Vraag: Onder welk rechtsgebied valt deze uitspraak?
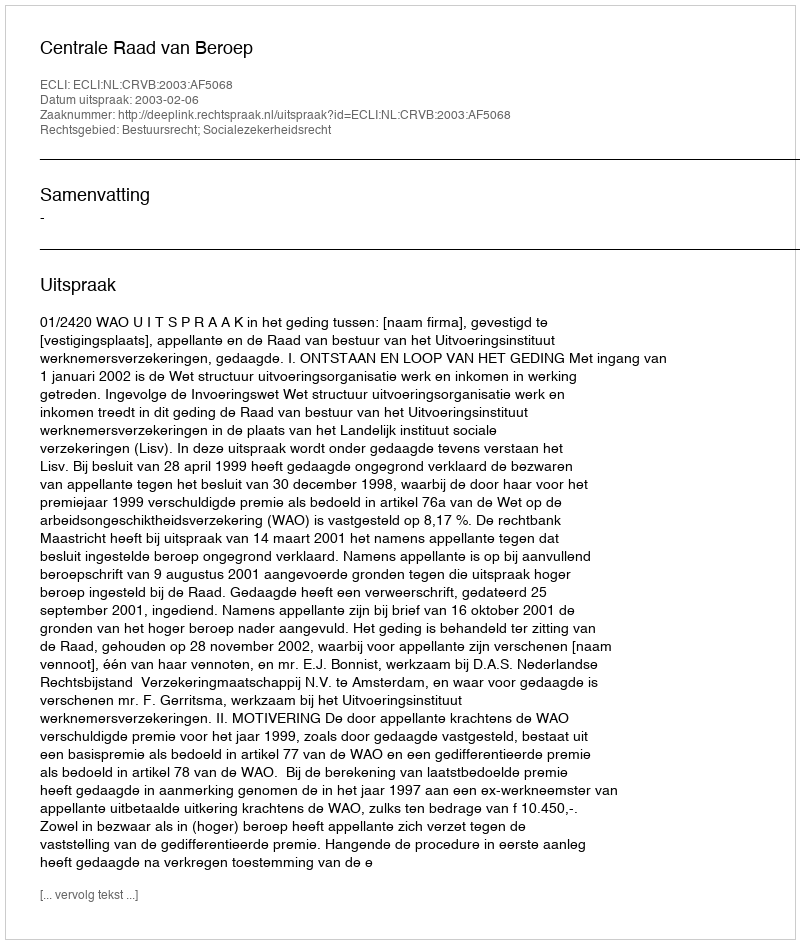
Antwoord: Bestuursrecht; Socialezekerheidsrecht